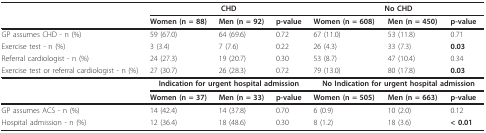
<table><thead><tr><td></td><td colspan="3"><b>CHD</b></td><td colspan="3"><b>No CHD</b></td></tr><tr><td></td><td><b>Women (n = 88)</b></td><td><b>Men (n = 92)</b></td><td><b>p-value</b></td><td><b>Women (n = 608)</b></td><td><b>Men (n = 450)</b></td><td><b>p-value</b></td></tr></thead><tbody><tr><td>GP assumes CHD - n (%)</td><td>59 (67.0)</td><td>64 (69.6)</td><td>0.72</td><td>67 (11.0)</td><td>53 (11.8)</td><td>0.71</td></tr><tr><td>Exercise test - n (%)</td><td>3 (3.4)</td><td>7 (7.6)</td><td>0.22</td><td>26 (4.3)</td><td>33 (7.3)</td><td><b>0.03</b></td></tr><tr><td>Referral cardiologist - n (%)</td><td>24 (27.3)</td><td>19 (20.7)</td><td>0.30</td><td>53 (8.7)</td><td>47 (10.4)</td><td>0.34</td></tr><tr><td>Exercise test or referral cardiologist - n (%)</td><td>27 (30.7)</td><td>26 (28.3)</td><td>0.72</td><td>79 (13.0)</td><td>80 (17.8)</td><td><b>0.03</b></td></tr><tr><td></td><td colspan="3"><b>Indication for urgent hospital admission</b></td><td colspan="3"><b>No Indication for urgent hospital admission</b></td></tr><tr><td></td><td><b>Women </b><b>(n = 37)</b></td><td><b>Men </b><b>(n = 33)</b></td><td><b>p-value</b></td><td><b>Women </b><b>(n = 505)</b></td><td><b>Men </b><b>(n = 663)</b></td><td><b>p-value</b></td></tr><tr><td>GP assumes ACS - n (%)</td><td>14 (42.4)</td><td>14 (37.8)</td><td>0.70</td><td>6 (0.9)</td><td>10 (2.0)</td><td>0.12</td></tr><tr><td>Hospital admission - n (%)</td><td>12 (36.4)</td><td>18 (48.6)</td><td>0.30</td><td>8 (1.2)</td><td>18 (3.6)</td><td><b>&lt; 0.01</b></td></tr></tbody></table>